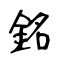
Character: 銘